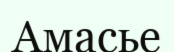
Амасье